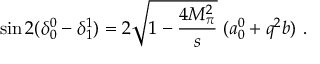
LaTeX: \sin { 2 ( \delta _ { 0 } ^ { 0 } - \delta _ { 1 } ^ { 1 } ) } = 2 \sqrt { 1 - \displaystyle \frac { 4 M _ { \pi } ^ { 2 } } { s } } \; ( a _ { 0 } ^ { 0 } + q ^ { 2 } b ) ~ .